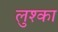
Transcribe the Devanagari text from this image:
लुश्का